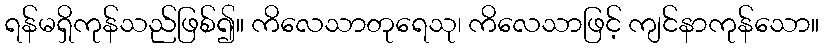
ရန်မရှိကုန်သည်ဖြစ်၍။ ကိလေသာတုရေသု၊ ကိလေသာဖြင့် ကျင်နာကုန်သော။